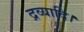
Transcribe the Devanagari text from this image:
द्रव्यादि।